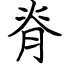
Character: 脊